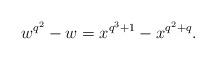
LaTeX: \begin{align*}w^{q^2}-w=x^{q^3+1}-x^{q^2+q}.\end{align*}